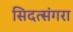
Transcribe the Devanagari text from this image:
सिदत्संगरा